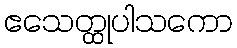
ဧသေတ္ထုပါသကော